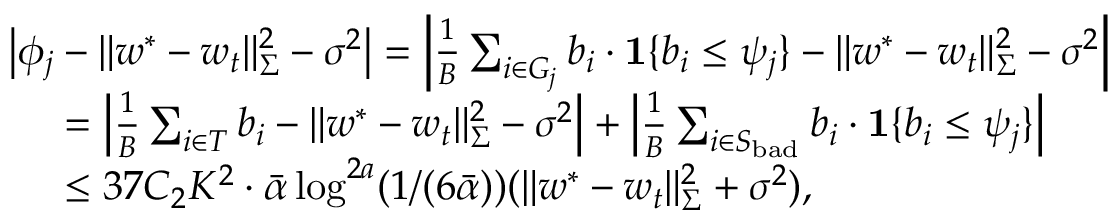
\begin{array} { r l } & { \left| \phi _ { j } - \| w ^ { * } - w _ { t } \| _ { \Sigma } ^ { 2 } - \sigma ^ { 2 } \right| = \left| \frac { 1 } { B } \sum _ { i \in G _ { j } } b _ { i } \cdot \mathbf { 1 } \{ b _ { i } \le \psi _ { j } \} - \| w ^ { * } - w _ { t } \| _ { \Sigma } ^ { 2 } - \sigma ^ { 2 } \right| } \\ & { \; \; \; \; \; = \left| \frac { 1 } { B } \sum _ { i \in T } b _ { i } - \| w ^ { * } - w _ { t } \| _ { \Sigma } ^ { 2 } - \sigma ^ { 2 } \right| + \left| \frac { 1 } { B } \sum _ { i \in S _ { \mathrm { b a d } } } b _ { i } \cdot \mathbf { 1 } \{ b _ { i } \le \psi _ { j } \} \right| } \\ & { \; \; \; \; \; \leq 3 7 C _ { 2 } K ^ { 2 } \cdot \bar { \alpha } \log ^ { 2 a } ( 1 / ( 6 \bar { \alpha } ) ) ( \| w ^ { * } - w _ { t } \| _ { \Sigma } ^ { 2 } + \sigma ^ { 2 } ) , } \end{array}